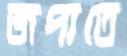
জপাতে